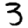
Digit: 3